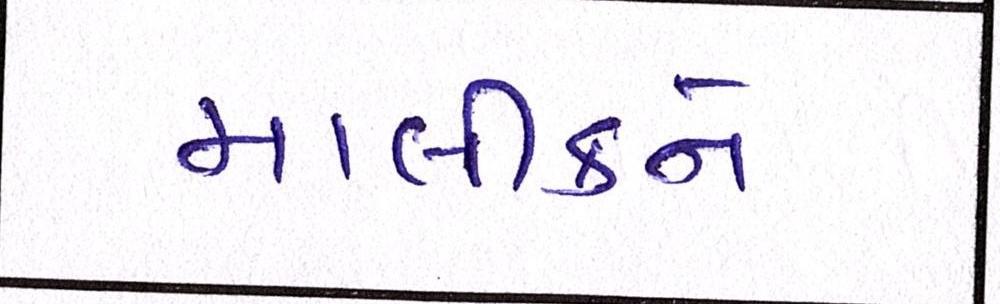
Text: માલીકને